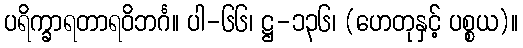
ပရိက္ခာရတာရဝိဘင်္ဂ။ ပါ-၆၆၊ ဋ္ဌ-၁၃၆၊ (ဟေတုနှင့် ပစ္စယ)။